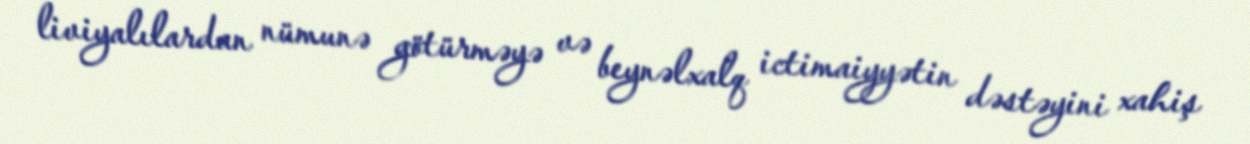
liviyalılardan nümunə götürməyə və beynəlxalq ictimaiyyətin dəstəyini xahiş